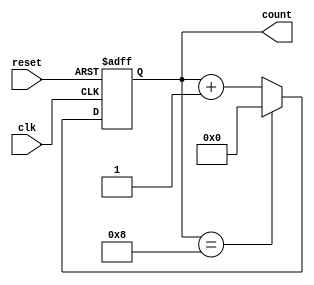
module Modulus_Counter(
    input clk,
    input reset,
    output reg [3:0] count
);

parameter MODULUS = 8; // specify the modulus value here
reg [2:0] next_count;

always @(posedge clk or posedge reset) begin
    if (reset) begin
        count <= 0;
    end else begin
        if (count == MODULUS) begin
            count <= 0;
        end else begin
            count <= count + 1;
        end
    end
end

endmodule